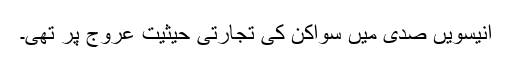
انیسویں صدی میں سواکن کی تجارتی حیثیت عروج پر تھی۔